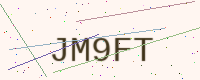
Text: JM9FT